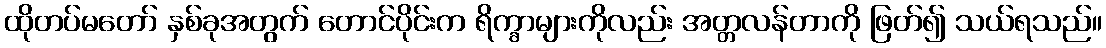
ထိုတပ်မတော် နှစ်ခုအတွက် တောင်ပိုင်းက ရိက္ခာများကိုလည်း အတ္တလန်တာကို ဖြတ်၍ သယ်ရသည်။